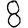
Digit: 8